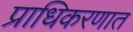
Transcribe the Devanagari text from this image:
प्राधिकरणात